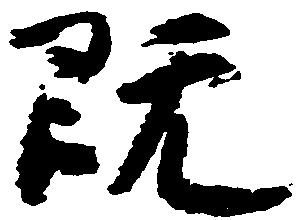
既